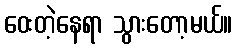
ဝေးတဲ့နေရာ သွားတော့မယ်။